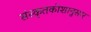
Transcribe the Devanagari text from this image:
संस्कृतकोशानुसार